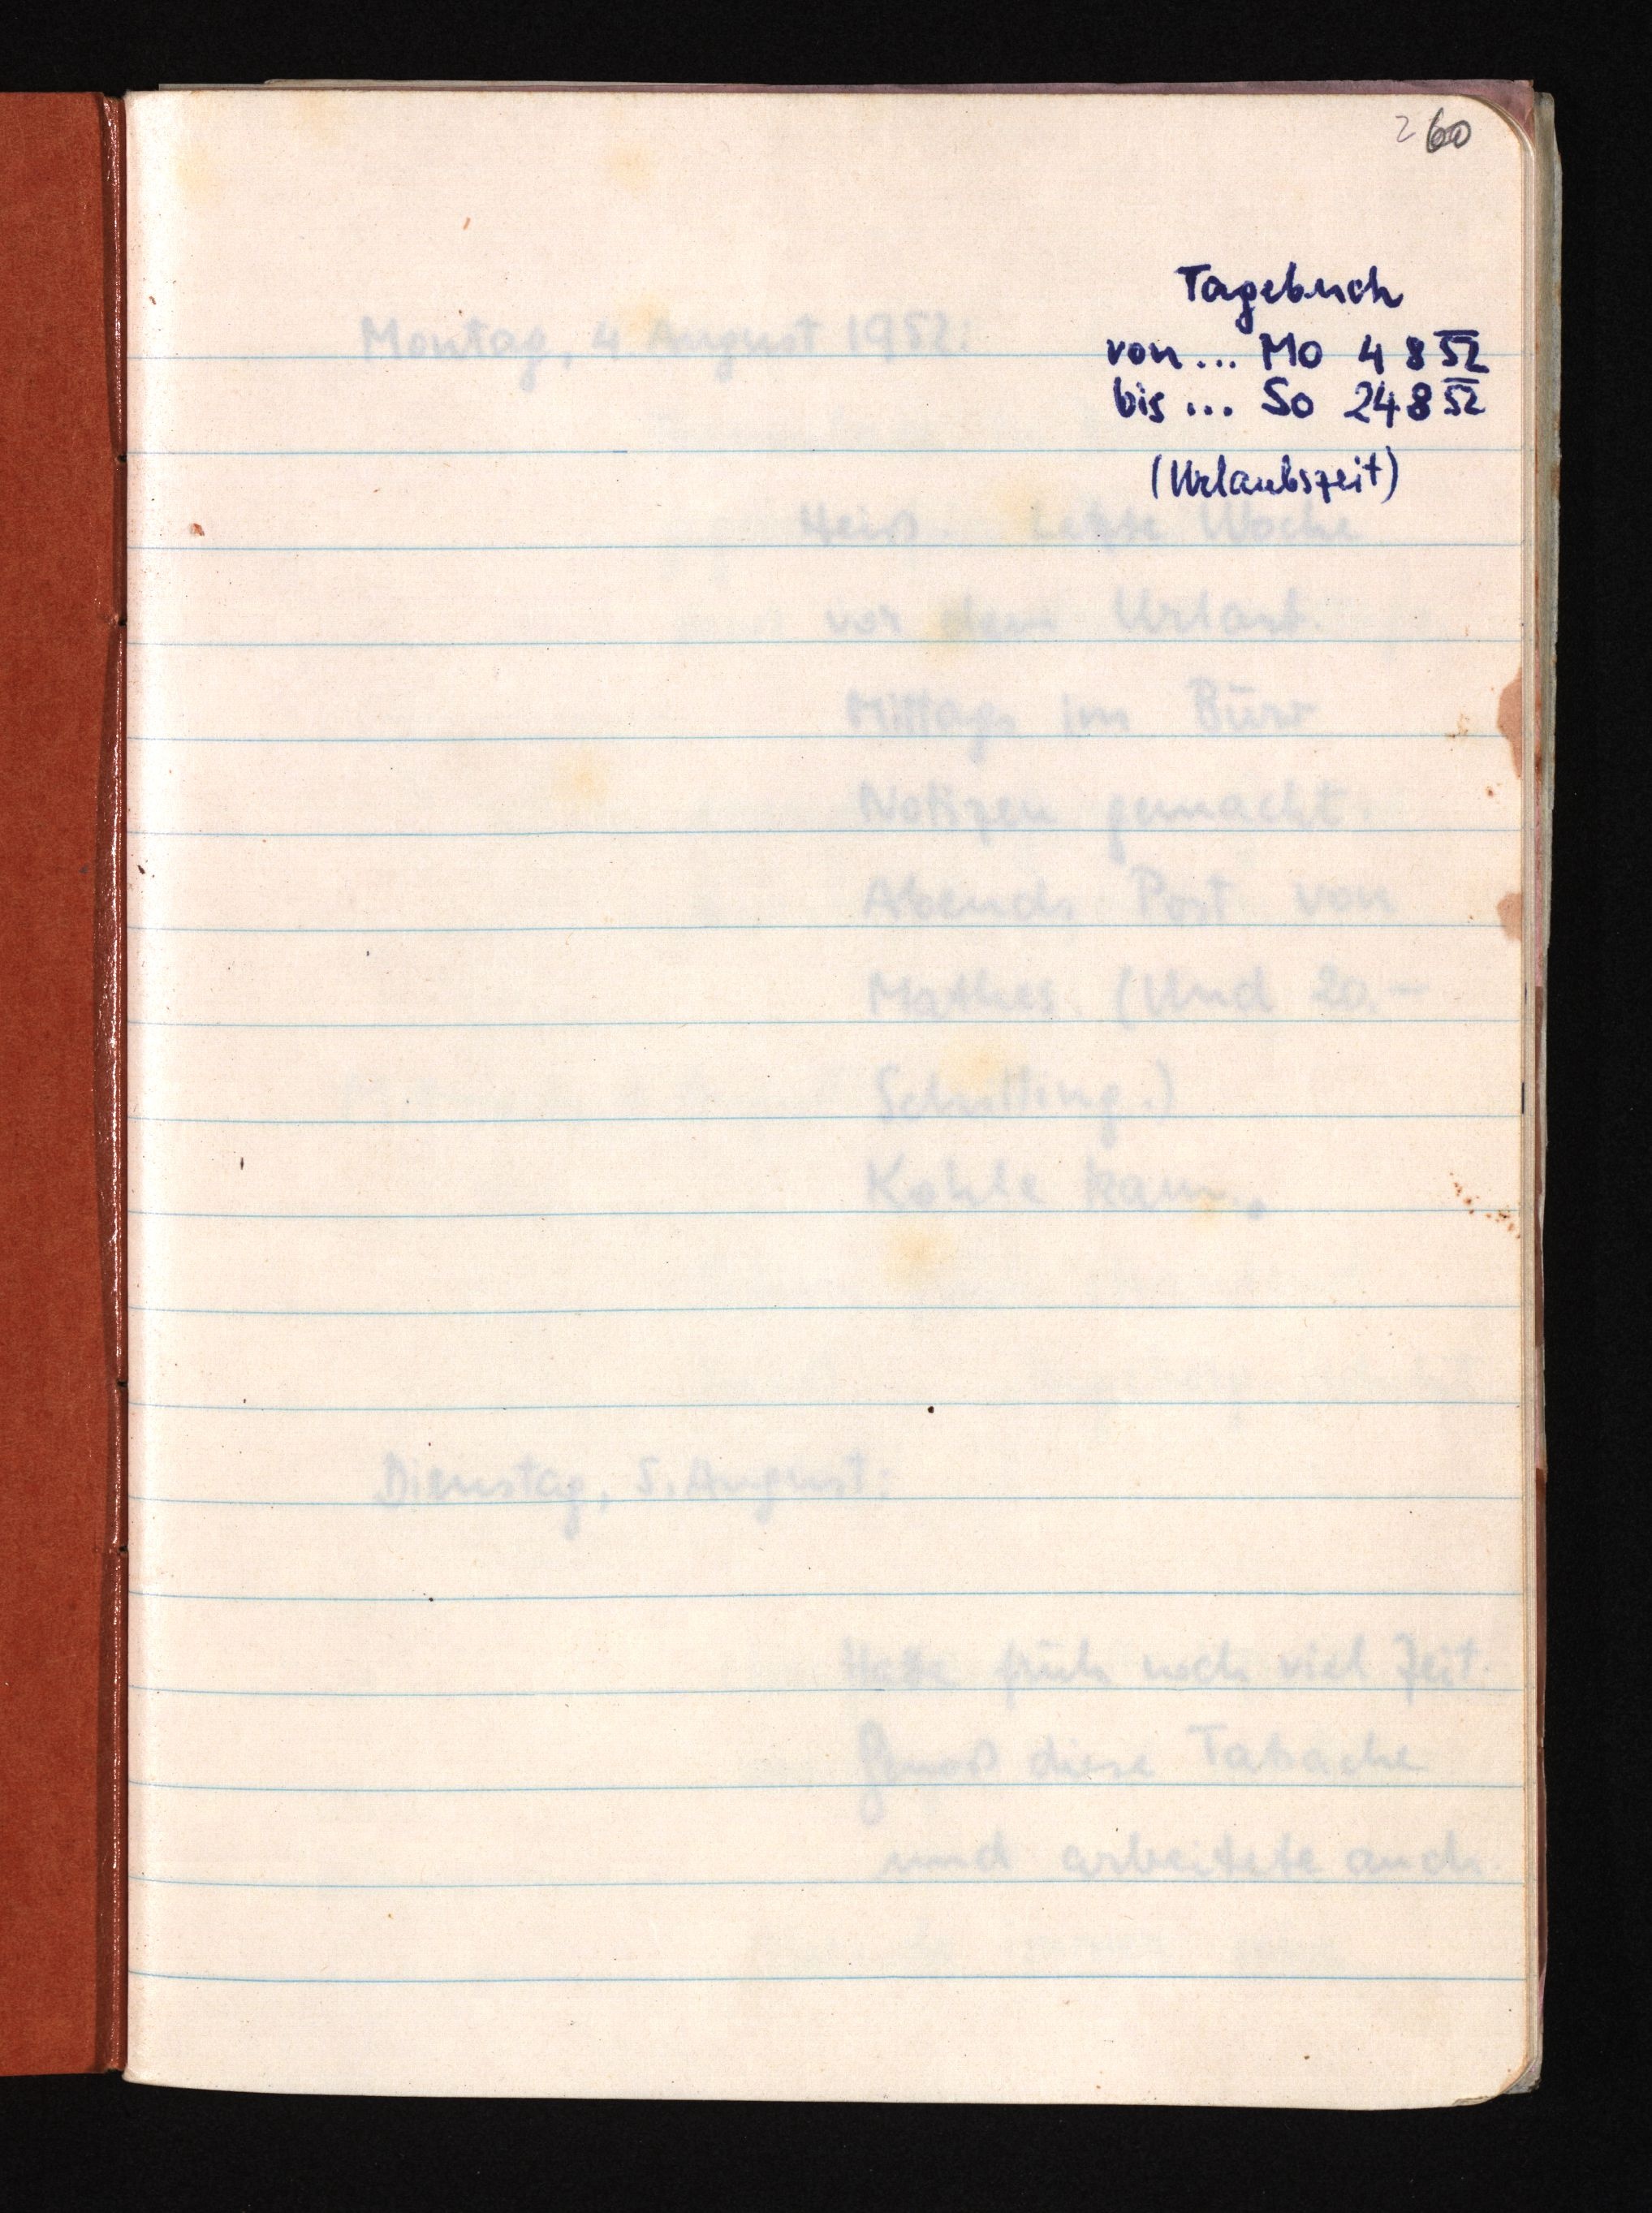
2 60
Tagebuch
von ... Mo 4 8 52
bis ... So 24 8 52
(Urlaubszeit)